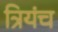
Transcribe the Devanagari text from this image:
त्रियंच